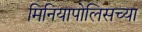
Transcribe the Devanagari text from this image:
मिनियापोलिसच्या